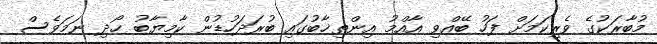
މުބާރަކުގެ ވެރިކަމަށް ފަހު ބޭއްވި އާއްމު އިންތިޚާބުގައި ބުރަދަހުޑުން ކާމިޔާބު ހޯދި ނަމަވެސް